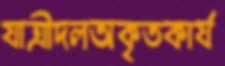
যাত্রীদলঅকৃতকার্য